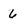
Character: 6